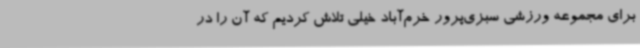
برای مجموعه ورزشی سبزی‌پرور خرم‌آباد خیلی تلاش کردیم که آن را در